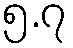
၅.၇